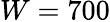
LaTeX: W=700